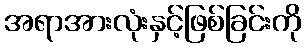
အရာအားလုံးနှင့်ဖြစ်ခြင်းကို